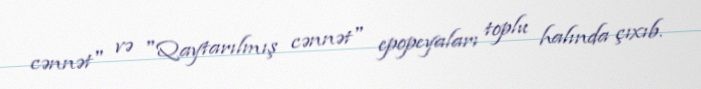
cənnət" və "Qaytarılmış cənnət" epopeyaları toplu halında çıxıb.